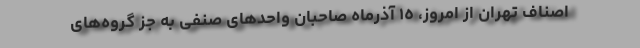
اصناف تهران از امروز، ١٥ آذرماه صاحبان واحدهای صنفی به جز گروه‌های